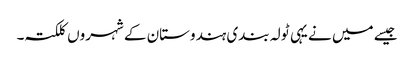
جیسے میں نے یہی ٹولہ بندی ہندوستان کے شہروں کلکتہ۔